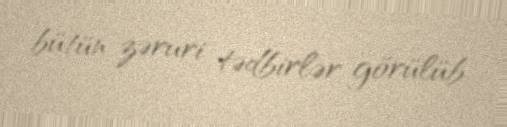
bütün zəruri tədbirlər görülüb.